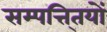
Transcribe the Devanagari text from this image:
सम्पत्ति्तयों